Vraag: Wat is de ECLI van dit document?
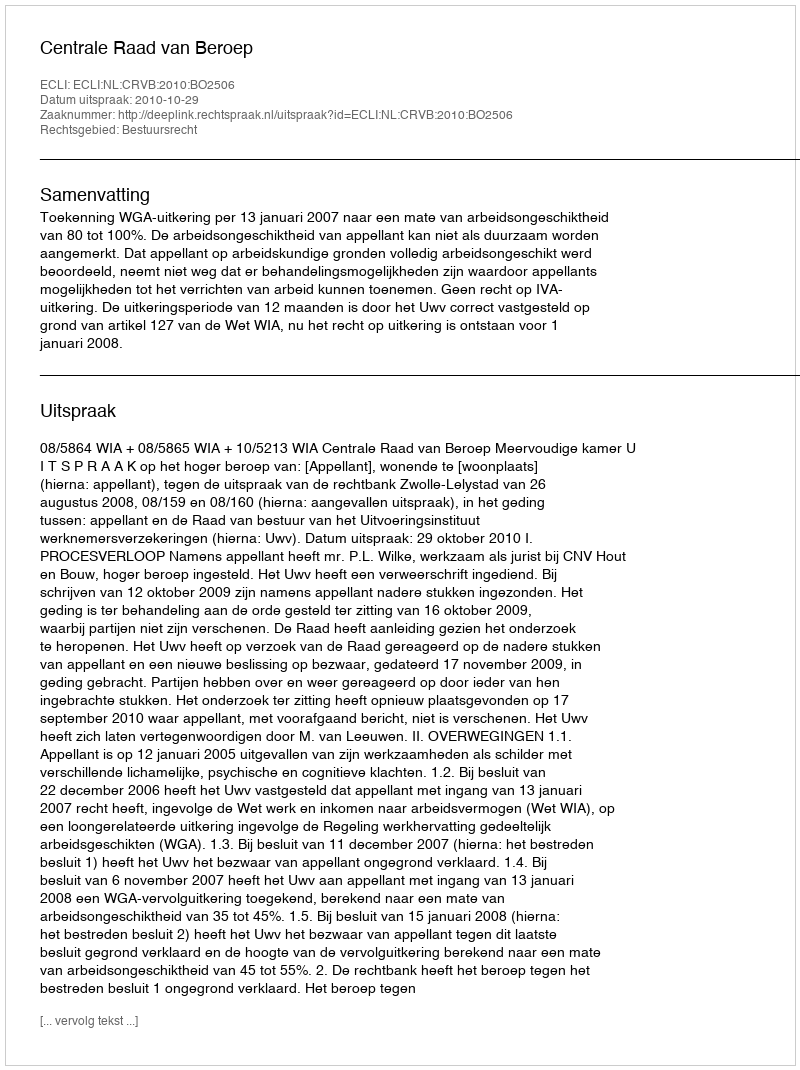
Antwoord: ECLI:NL:CRVB:2010:BO2506